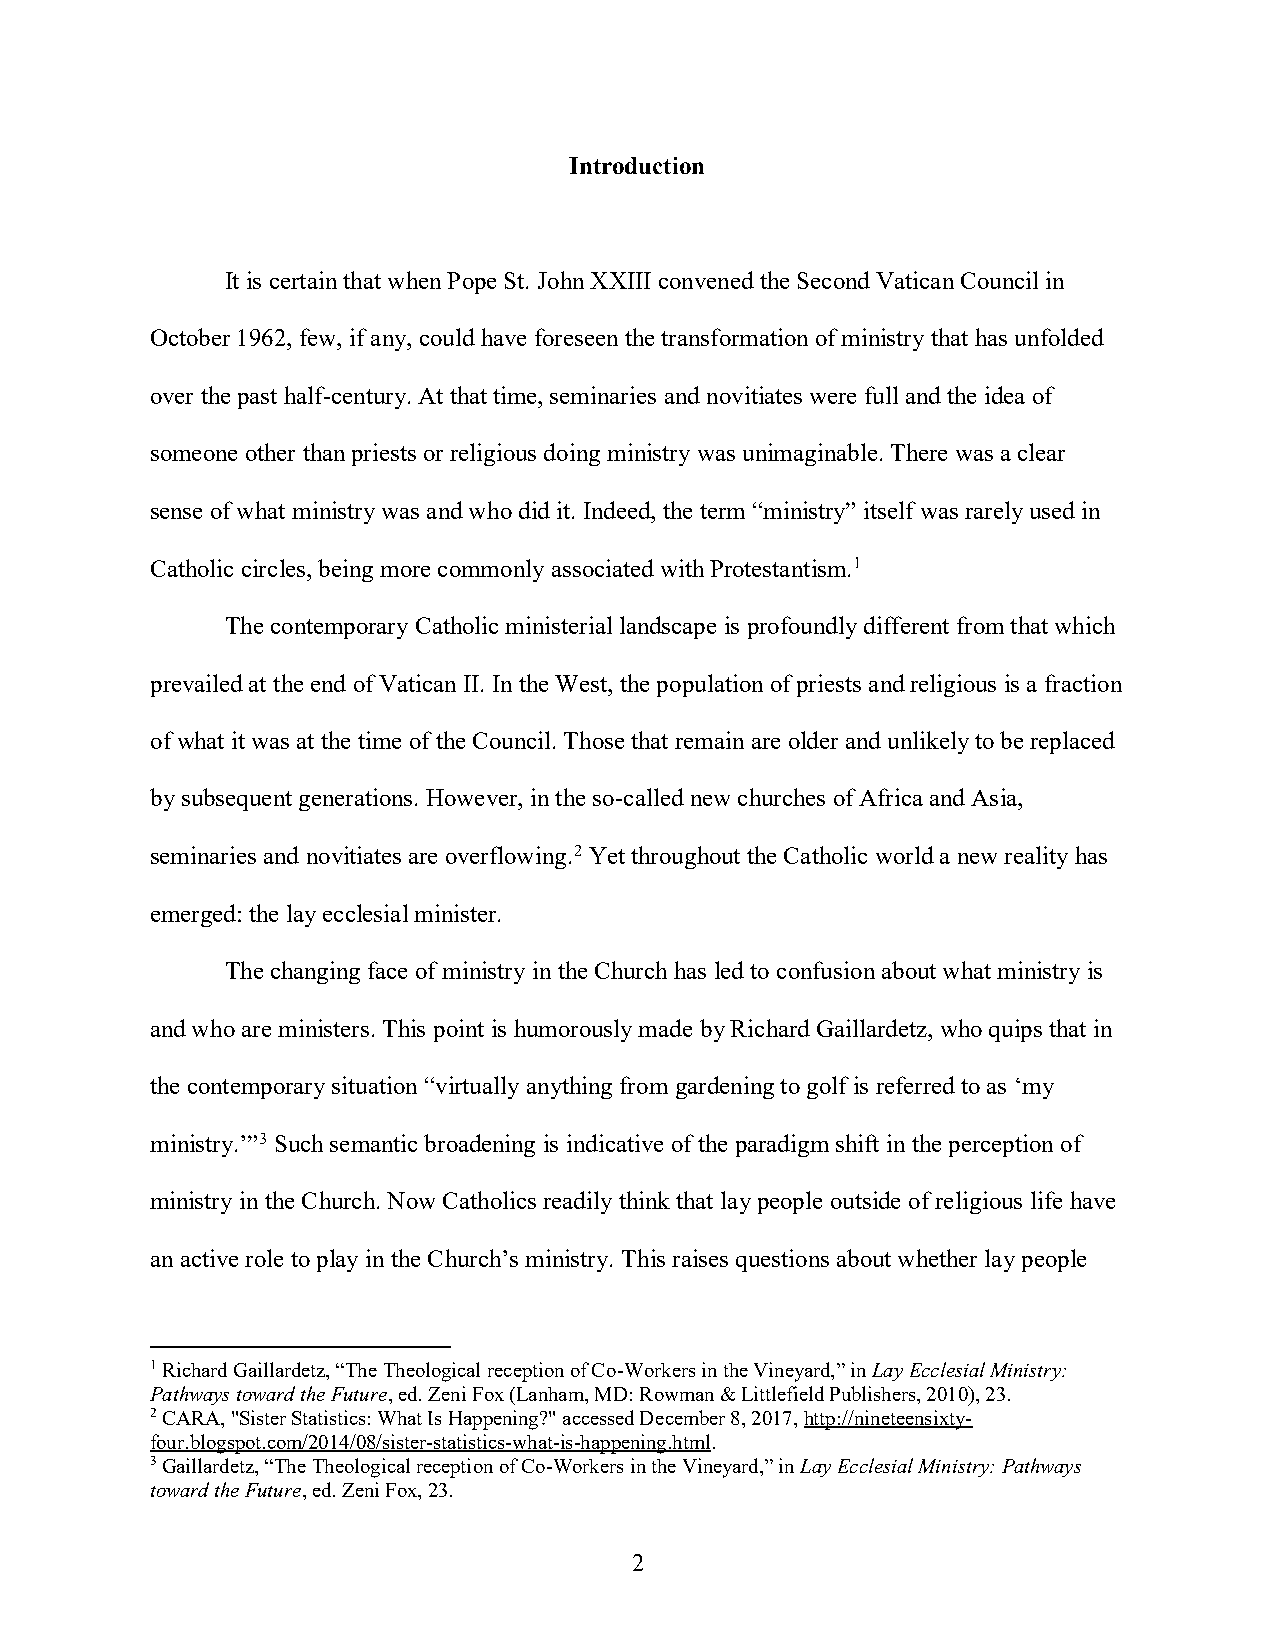
Introduction
 It is certain that when Pope St. John XXIII convened the Second Vatican Council in
 October 1962, few, if any, could have foreseen the transformation of ministry that has unfolded
 over the past half-century. At that time, seminaries and novitiates were full and the idea of
 someone other than priests or religious doing ministry was unimaginable. There was a clear
 sense of what ministry was and who did it. Indeed, the term “ministry” itself was rarely used in
 Catholic circles, being more commonly associated with Protestantism.1
 The contemporary Catholic ministerial landscape is profoundly different from that which
 prevailed at the end of Vatican II. In the West, the population of priests and religious is a fraction
 of what it was at the time of the Council. Those that remain are older and unlikely to be replaced
 by subsequent generations. However, in the so-called new churches of Africa and Asia,
 seminaries and novitiates are overflowing.2 Yet throughout the Catholic world a new reality has
 emerged: the lay ecclesial minister.
 The changing face of ministry in the Church has led to confusion about what ministry is
 and who are ministers. This point is humorously made by Richard Gaillardetz, who quips that in
 the contemporary situation “virtually anything from gardening to golf is referred to as ‘my
 ministry.’”3 Such semantic broadening is indicative of the paradigm shift in the perception of
 ministry in the Church. Now Catholics readily think that lay people outside of religious life have
 an active role to play in the Church’s ministry. This raises questions about whether lay people
 1 Richard Gaillardetz, “The Theological reception of Co-Workers in the Vineyard,” in Lay Ecclesial Ministry:
 Pathways toward the Future, ed. Zeni Fox (Lanham, MD: Rowman & Littlefield Publishers, 2010), 23.
 2 CARA, "Sister Statistics: What Is Happening?" accessed December 8, 2017, http://nineteensixty-
 four.blogspot.com/2014/08/sister-statistics-what-is-happening.html.
 3 Gaillardetz, “The Theological reception of Co-Workers in the Vineyard,” in Lay Ecclesial Ministry: Pathways
 toward the Future, ed. Zeni Fox, 23.
 2